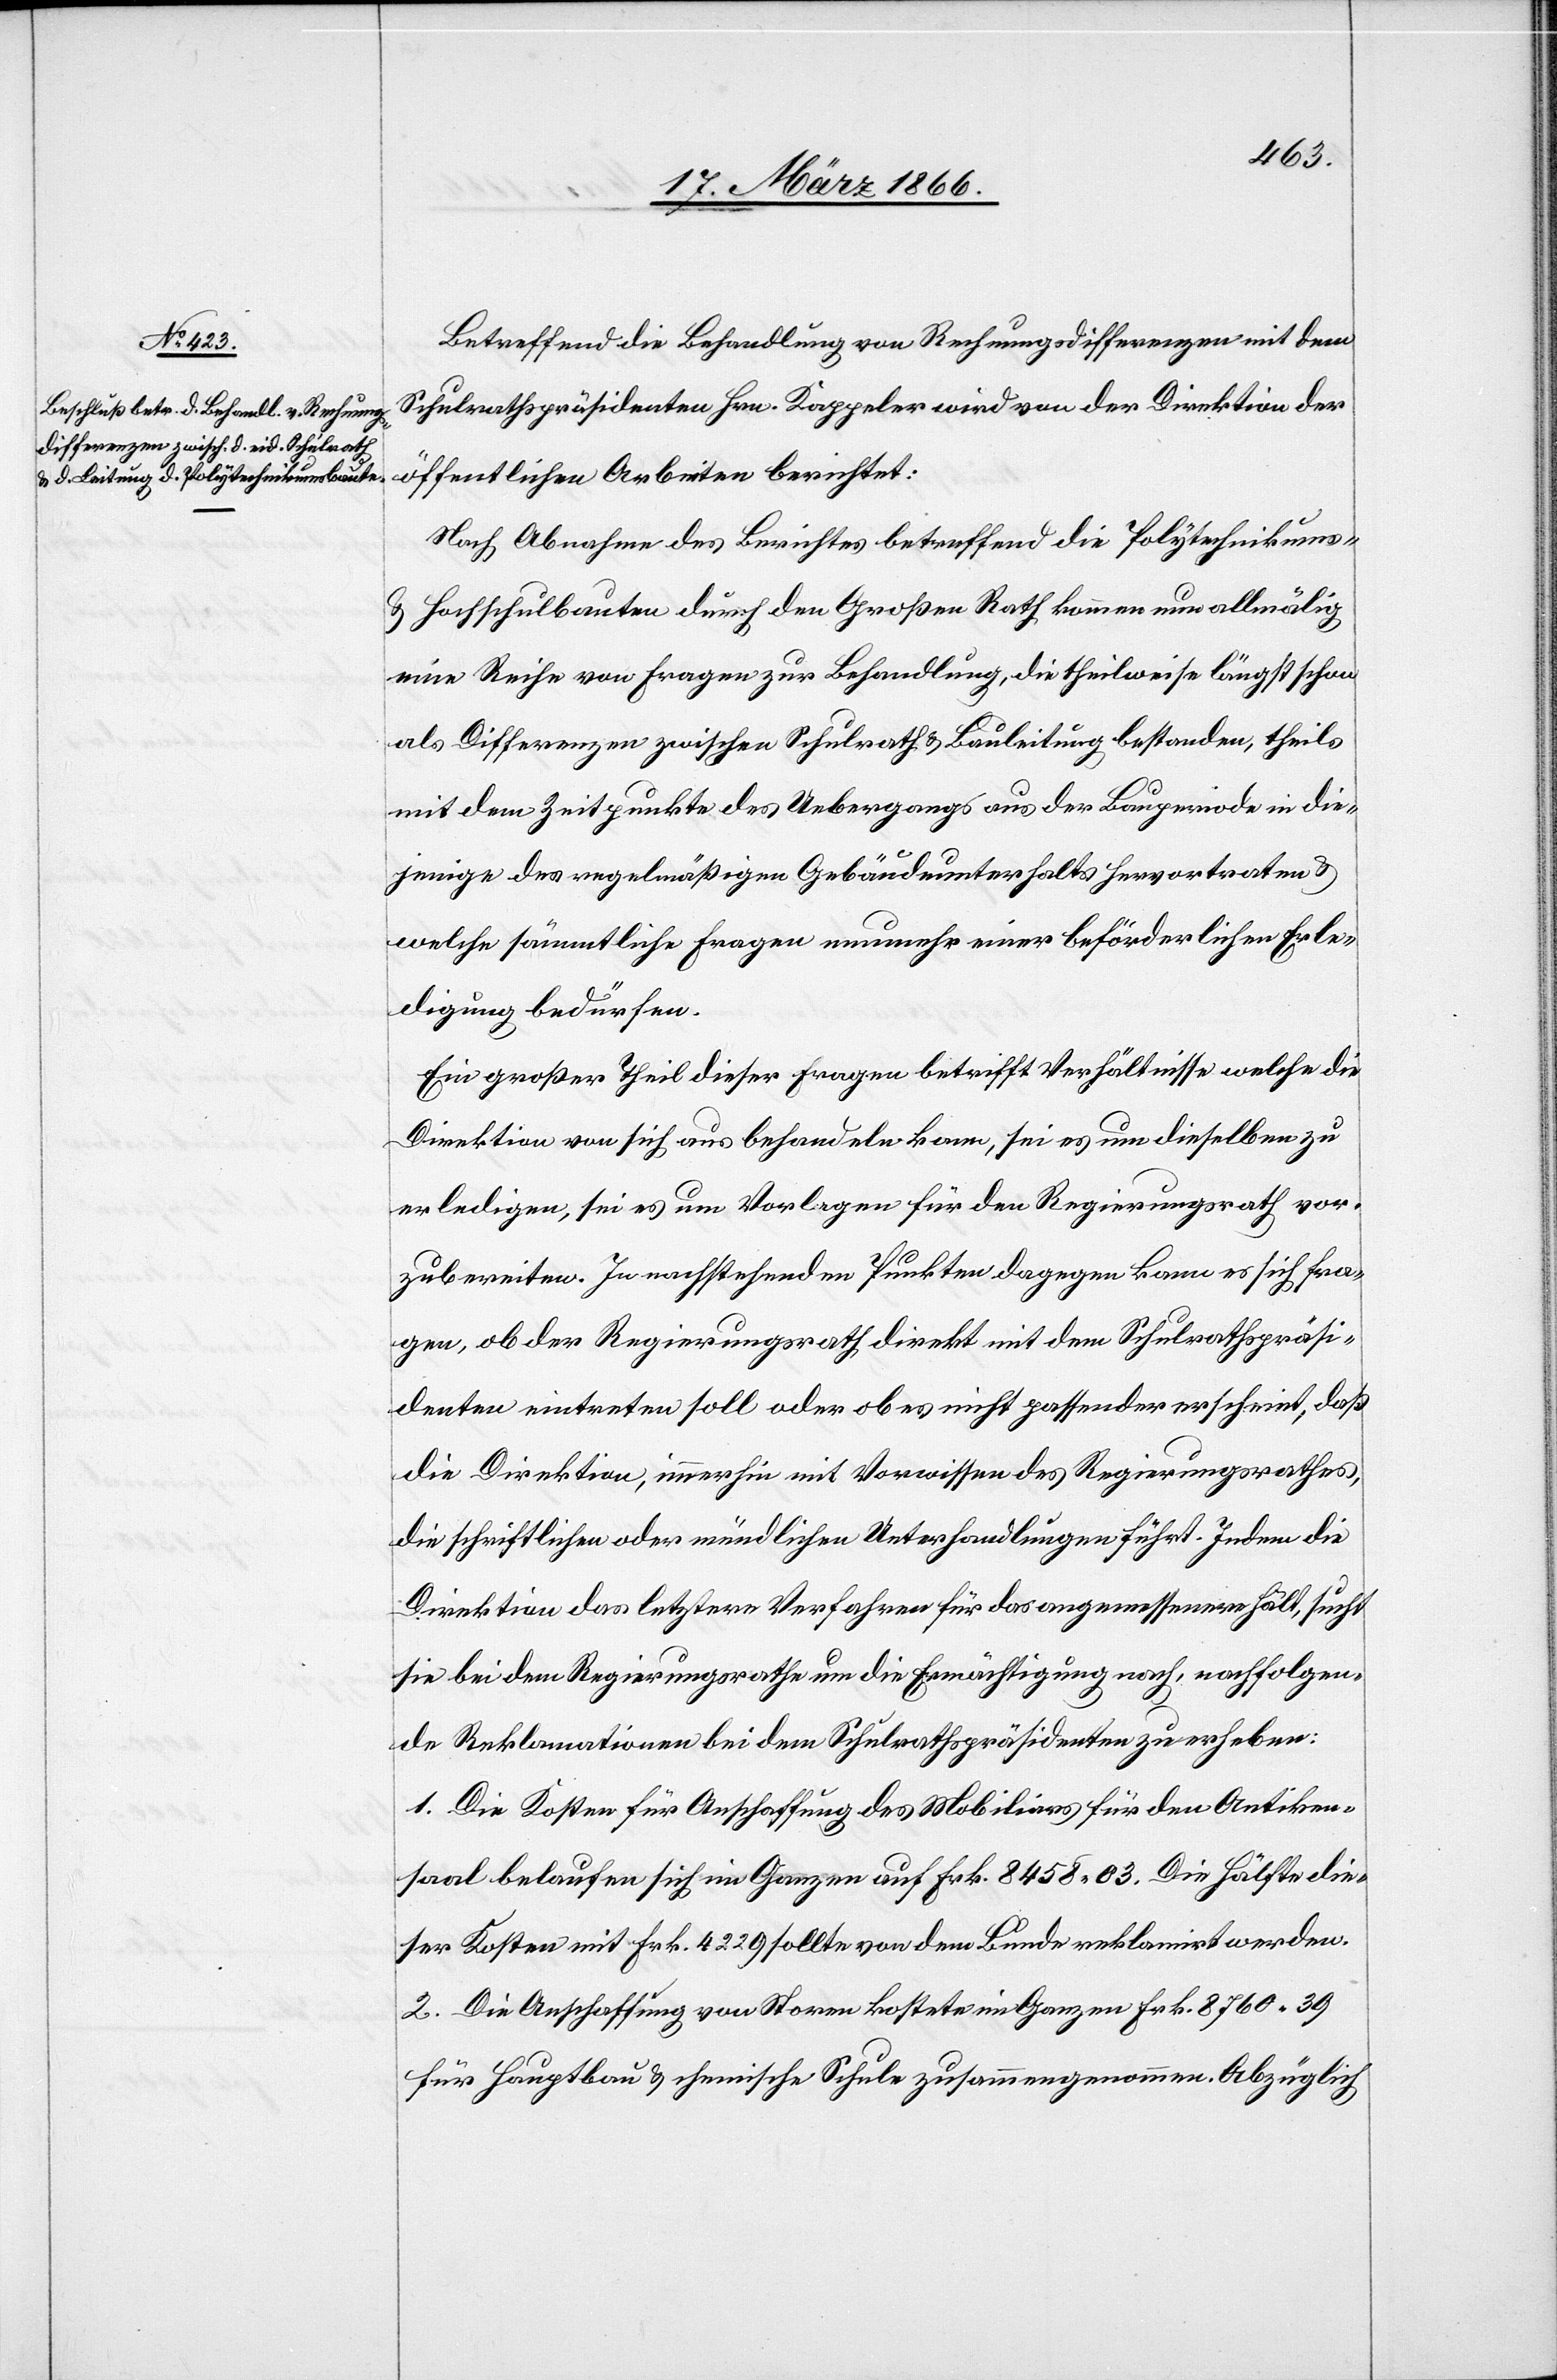
Betreffend die Behandlung von Rechnungsdifferenzen mit dem
Schulrathspräsidenten Hrn. Kappeler wird von der Direktion der
Nach Abnahme des Berichtes betreffend die Polytechnikums-
u. Hochschulbauten durch den Großen Rath kommen nun allmälig
eine Reihe von Fragen zur Behandlung, die theilweise längst schon
als Differenzen zwischen Schulrath u. Bauleitung bestanden, theils
mit dem Zeitpunkte des Uebergangs aus der Bauperiode in die¬
jenige des regelmäßigen Gebäudeunterhalts hervortraten u.
welche sämmtliche Fragen nunmehr einer beförderlichen Erle¬
digung bedürfen.
Ein großer Theil dieser Fragen betrifft Verhältnisse, welche die
Direktion von sich aus behandeln kann, sei es um dieselben zu
erledigen, sei es um Vorlagen für den Regierungsrath vor¬
zubereiten. In nachstehenden Punkten dagegen kann es sich fra¬
gen, ob der Regierungsrath direkt mit dem Schulrathspräsi¬
denten eintreten soll oder ob es nicht passender erscheint, daß
die Direktion, immerhin mit Vorwissen des Regierungsrathes,
die schriftlichen oder mündlichen Unterhandlungen führt. Indem die
Direktion das letztere Verfahren für das angemessenere hält, sucht
sie bei dem Regierungsrathe um die Ermächtigung nach, nachfolgen¬
de Reklamationen bei dem Schulrathspräsidenten zu erheben:
1. Die Kosten für Anschaffung des Mobiliars für den Antiken¬
saal belaufen sich im Ganzen auf Frk. 8458,03. Die Hälfte die¬
ser Kosten mit Frk. 4229 sollte von dem Bunde reklamirt werden.
2. Die Anschaffung von Storen kostete im Ganzen Frk. 8760,39
für Hauptbau u. chemische Schule zusammengenommen. Abzüglich